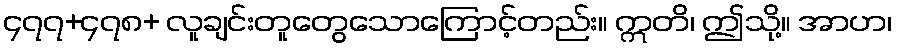
၄၇၇+၄၇၈+ လူချင်းတူတွေသောကြောင့်တည်း။ ဣတိ၊ ဤသို့။ အာဟ၊